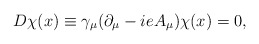
\begin{align*}D\chi(x)\equiv\gamma_\mu(\partial_\mu-ieA_\mu)\chi(x)=0,\end{align*}